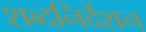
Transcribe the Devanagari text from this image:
शब्दनिर्देशन